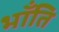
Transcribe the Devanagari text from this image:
भॉंति